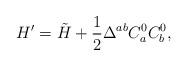
LaTeX: \begin{align*}H^{\prime }=\tilde H+\frac 12\Delta ^{ab}C_a^0C_b^0,\end{align*}